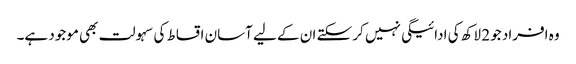
وہ افراد جو 2 لاکھ کی ادائیگی نہیں کر سکتے ان کے لیے آسان اقساط کی سہولت بھی موجود ہے۔